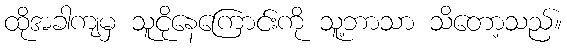
ထိုအခါကျမှ သူငိုနေကြောင်းကို သူ့ဘာသာ သိတော့သည်။